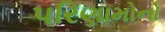
પરિણામોનો